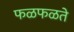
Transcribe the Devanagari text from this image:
फळफळते